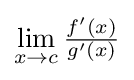
\lim _{x\to c}{\tfrac {f'(x)}{g'(x)}}